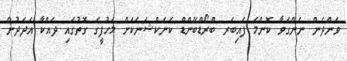
ވަންދެން ނަންގަވާ ކޮންމެ ފައިބަރ ބްރޯޑްބޭންޑް ކަނެކްޝަނަކަށް މަހުފީގެ ގޮތުގައި ދައްކާ އަދަދުން